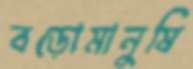
বড়োমানুষি